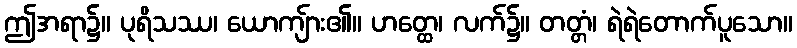
ဤအရာ၌။ ပုရိသဿ၊ ယောကျ်ား၏။ ဟတ္ထေ၊ လက်၌။ တတ္တံ၊ ရဲရဲတောက်ပူသော။